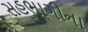
સહભાગીના